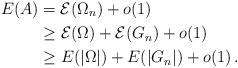
LaTeX: \begin{align*}E(A) & = \mathcal E(\Omega_n)+ o(1) \\& \geq \mathcal E(\Omega) + \mathcal E(G_n) + o(1) \\& \geq E(|\Omega|) + E(|G_n|) + o(1) \,.\end{align*}